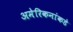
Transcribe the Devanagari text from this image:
अमेरिकनांकडे